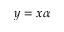
y = x \alpha